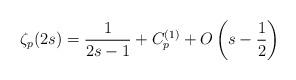
LaTeX: \begin{align*}\zeta_{p}(2s)=\frac{1}{2s-1}+C_{p}^{(1)}+O\left(s-\frac{1}{2}\right)\end{align*}